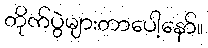
တိုက်ပွဲများတာပေါ့နော်။